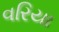
વરિયા